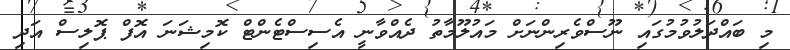
މި ބައްދަލުވުމުގައި ނޫސްވެރިންނަށް މައުލޫމާތު ދެއްވާނީ އެސިސްޓެންޓް ކޮމިޝަނަ އޮފް ޕޮލިސް އަދި